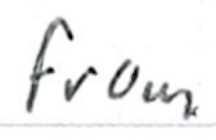
Text: from
Cross-out: clean
Writing tool: ballpoint